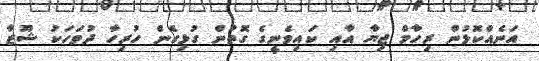
އަނެއްކޮޅުން ރިހާމް ޖިޔާ އާއި ކައިވެނީގެ ގޮތުން ގުޅިގެން ހުރިހާ ދުވަހަކު ޝޫޒާ